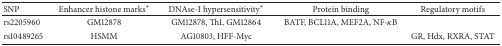
| SNP | Enhancer histone marks* | DNAse-I hypersensitivity* | Protein binding | Regulatory motifs |
 | --- | --- | --- | --- | --- |
 | rs2205960 | GM12878 | GM12878, Th1, GM12864 | BATF, BCL11A, MEF2A, NF-κB |  |
 | rs10489265 | HSMM | AG10803, HFF-Myc |  | GR, Hdx, RXRA, STAT |